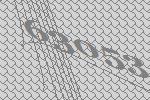
63053